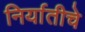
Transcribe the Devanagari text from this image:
निर्यातीचे